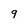
Character: 9